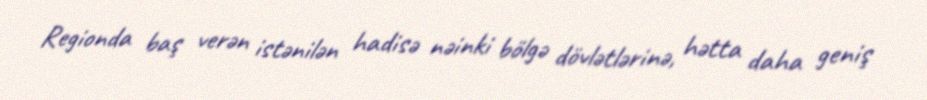
Regionda baş verən istənilən hadisə nəinki bölgə dövlətlərinə, hətta daha geniş